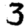
Digit: 3